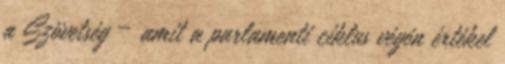
a Szövetség – amit a parlamenti ciklus végén értékel